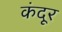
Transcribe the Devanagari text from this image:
कंदूर